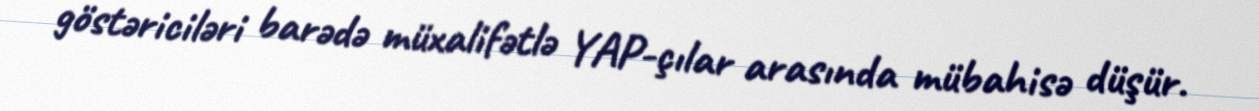
göstəriciləri barədə müxalifətlə YAP-çılar arasında mübahisə düşür.